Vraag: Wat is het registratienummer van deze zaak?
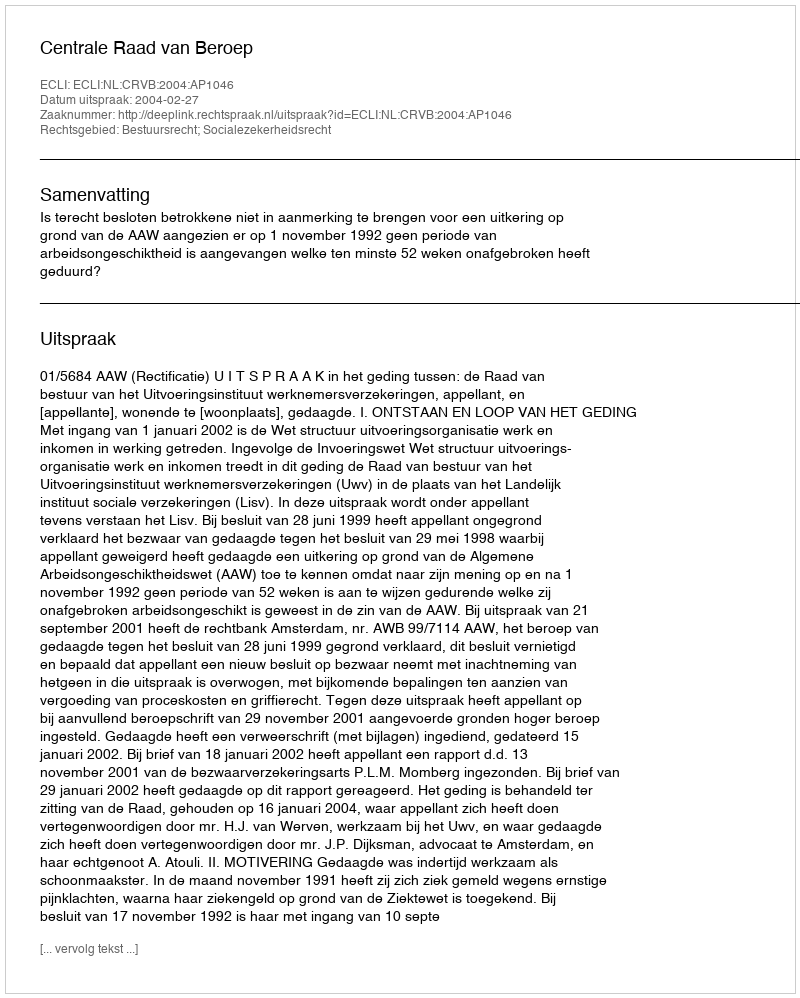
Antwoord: http://deeplink.rechtspraak.nl/uitspraak?id=ECLI:NL:CRVB:2004:AP1046